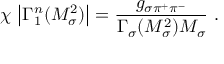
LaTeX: \chi \, \left| \Gamma _ { 1 } ^ { n } ( M _ { \sigma } ^ { 2 } ) \right| = \frac { g _ { \sigma \pi ^ { + } \pi ^ { - } } } { \Gamma _ { \sigma } ( M _ { \sigma } ^ { 2 } ) M _ { \sigma } } ~ .